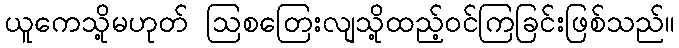
ယူကေသို့မဟုတ် ဩစတြေးလျသို့ထည့်ဝင်ကြခြင်းဖြစ်သည်။